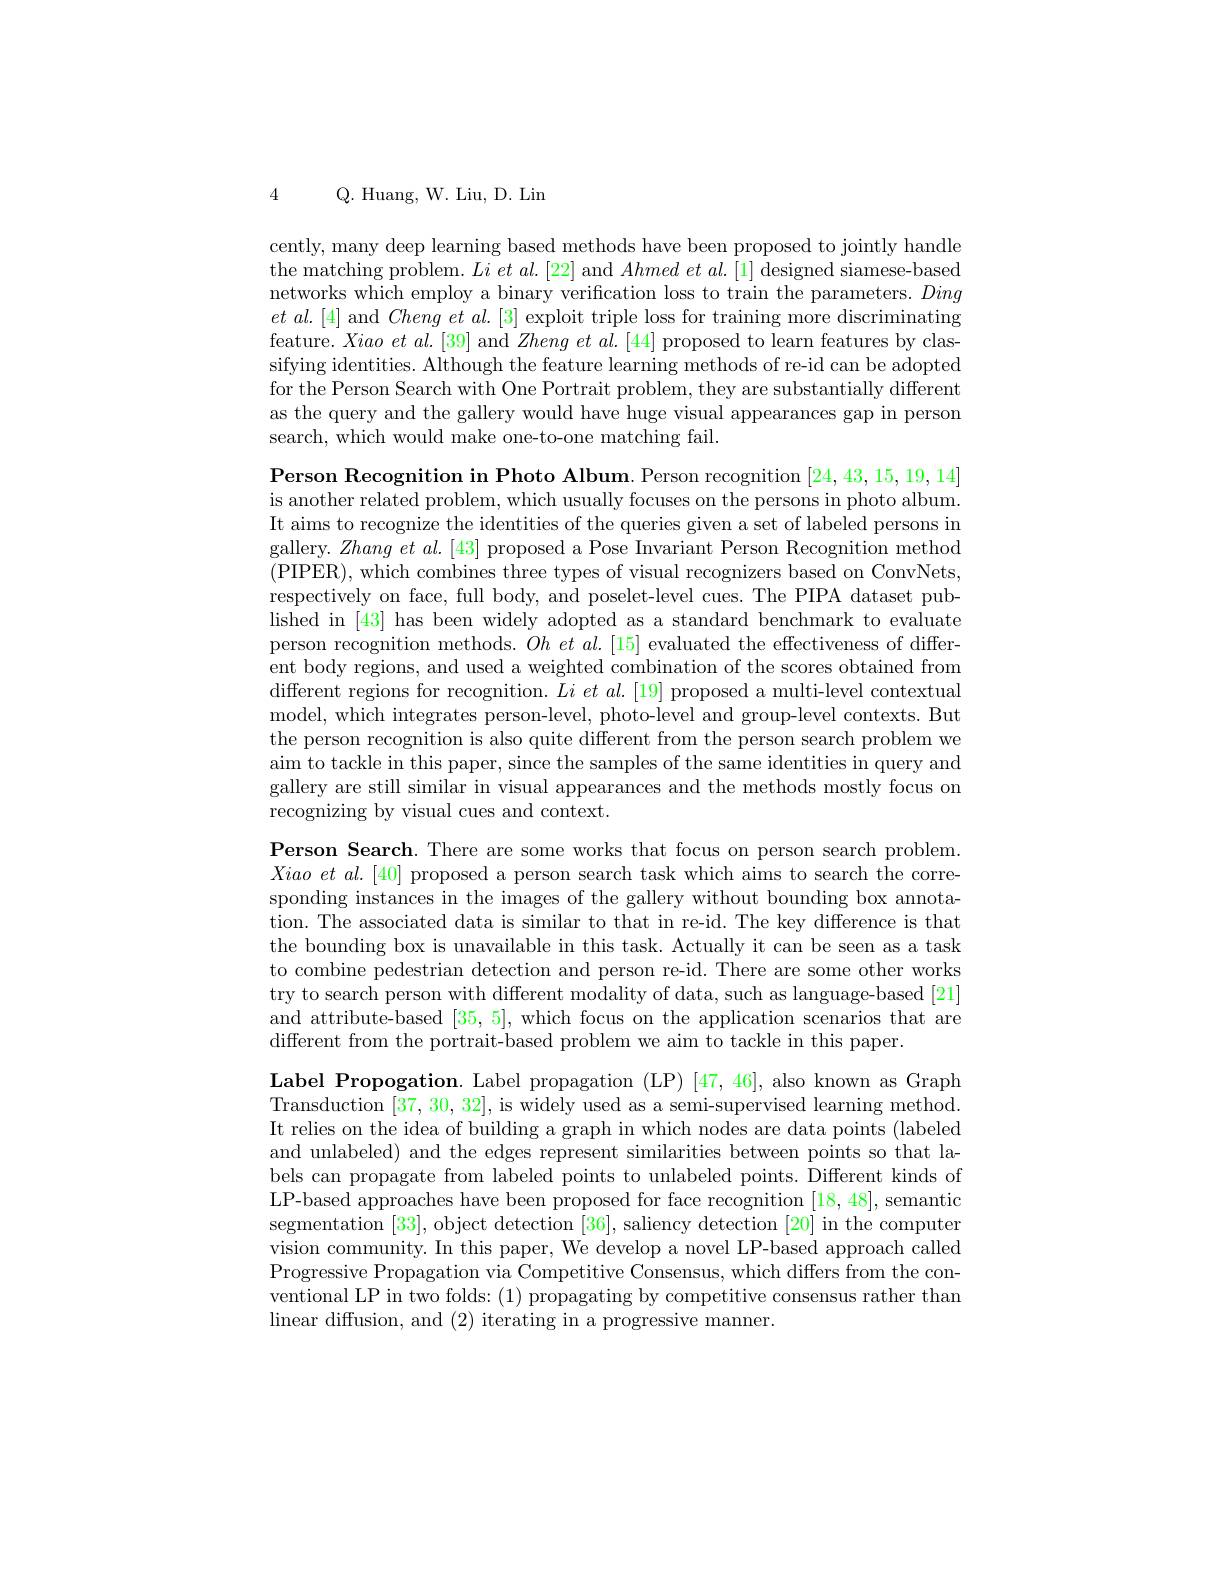
4 Q. Huang, W. Liu, D. Lin

cently, many deep learning based methods have been proposed to jointly handle the matching problem. $Li\textit{ et al. [ 22] and Ahmed et al. [ 1] designed siamese- based}$ networks which employ a binary verification loss to train the parameters. Ding $et$ $al. [ 4]$ and Cheng $et$ $al. [ 3]$ exploit triple loss for training more discriminating feature. $Xiaoetal.[39]$ and $Zhengetal.[44]$ proposed to learn features by classifying identities. Although the feature learning methods of re-id can be adopted for the Person Search with One Portrait problem, they are substantially different as the query and the gallery would have huge visual appearances gap in person search, which would make one-to-one matching fail.

Person Recognition in Photo Album. Person recognition [24,43,15,19,14] is another related problem, which usually focuses on the persons in photo album. It aims to recognize the identities of the queries given a set of labeled persons in gallery. $Zhang\textit{ et al. [ 43] proposed a Pose Invariant Person Recognition method}$ (PIPER), which combines three types of visual recognizers based on ConvNets, respectively on face, full body, and poselet-level cues. The PIPA dataset published in [43] has been widely adopted as a standard benchmark to evaluate person recognition methods. $Ohetal.[15]$ evaluated the effectiveness of different body regions, and used a weighted combination of the scores obtained from different regions for recognition. $Li\textit{et al. [ 19] proposed a multi- level contextual}$ model, which integrates person- level, photo- level and group- level contexts. But the person recognition is also quite different from the person search problem we aim to tackle in this paper, since the samples of the same identities in query and gallery are still similar in visual appearances and the methods mostly focus on recognizing by visual cues and context.

Person Search. There are some works that focus on person search problem.

$Xiaoetal.[40]$ proposed a person search task which aims to search the corre-

sponding instances in the images of the gallery without bounding box annota-

tion. The associated data is similar to that in re-id. The key difference is that

the bounding box is unavailable in this task. Actually it can be seen as a task

to combine pedestrian detection and person re-id. There are some other works

try to search person with different modality of data, such as language-based [21]

and attribute-based [35,5], which focus on the application scenarios that are

different from the portrait-based problem we aim to tackle in this paper.

Label Propogation. Label propagation (LP) [47,46], also known as Graph Transduction [37,30,32], is widely used as a semi-supervised learning method. It relies on the idea of building a graph in which nodes are data points (labeled and unlabeled) and the edges represent similarities between points so that labels can propagate from labeled points to unlabeled points. Different kinds of LP-based approaches have been proposed for face recognition [18, 48], semantic segmentation [33], object detection [36], saliency detection [20] in the computer vision community. In this paper, We develop a novel LP-based approach called Progressive Propagation via Competitive Consensus, which differs from the conventional LP in two folds: (1) propagating by competitive consensus rather than linear diffusion, and (2) iterating in a progressive manner.